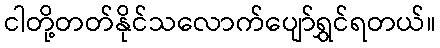
ငါတို့တတ်နိုင်သလောက်ပျော်ရွှင်ရတယ်။